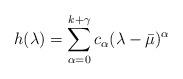
LaTeX: \begin{align*}h(\lambda)=\sum_{\alpha=0}^{k+\gamma}c_\alpha(\lambda-\bar\mu)^\alpha\end{align*}